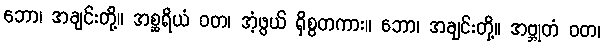
ဘော၊ အချင်းတို့။ အစ္ဆရိယံ ဝတ၊ အံ့ဖွယ် ရှိစွတကား။ ဘော၊ အချင်းတို့။ အဗ္ဘုတံ ဝတ၊